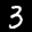
Label: 3